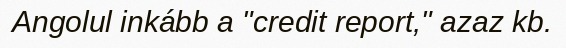
Angolul inkább a "credit report," azaz kb.